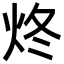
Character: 炵